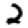
Digit: 2